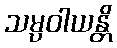
သမ္ပဝါယန္တိ